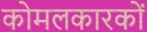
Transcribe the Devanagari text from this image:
कोमलकारकों